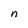
Character: n